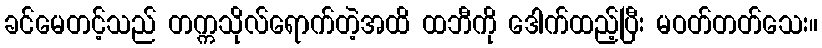
ခင်မေတင့်သည် တက္ကသိုလ်ရောက်တဲ့အထိ ထဘီကို ဒေါက်ထည့်ပြီး မဝတ်တတ်သေး။